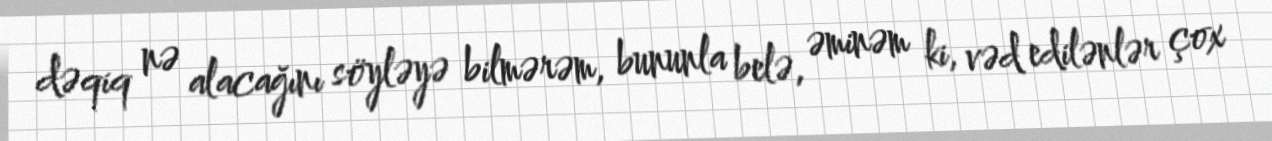
dəqiq nə alacağını söyləyə bilmərəm, bununla belə, əminəm ki, vəd edilənlər çox